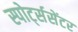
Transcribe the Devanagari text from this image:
स्पोर्ट्ससेंटर